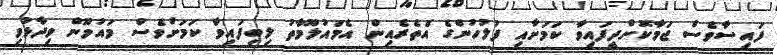
ފައިސާވެސް ޖަމާކޮށްދީފައިވާ ކަމަށާއި ފުލުހުންގެ އެތެރެއިން އެމައުލޫމާތު ލިބިފައިވާ ކަމަށްވެސް މައުމޫން ވިދާޅުވި